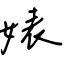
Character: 婊